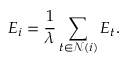
E _ { i } = \frac { 1 } { \lambda } \sum _ { t \in \mathcal { N } ( i ) } E _ { t } .